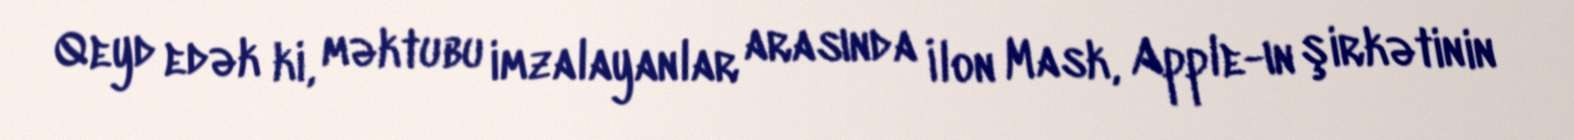
Qeyd edək ki, məktubu imzalayanlar arasında İlon Mask, Apple-ın şirkətinin